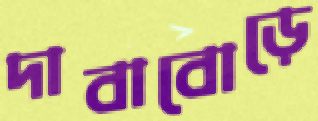
দাবাবোড়ে